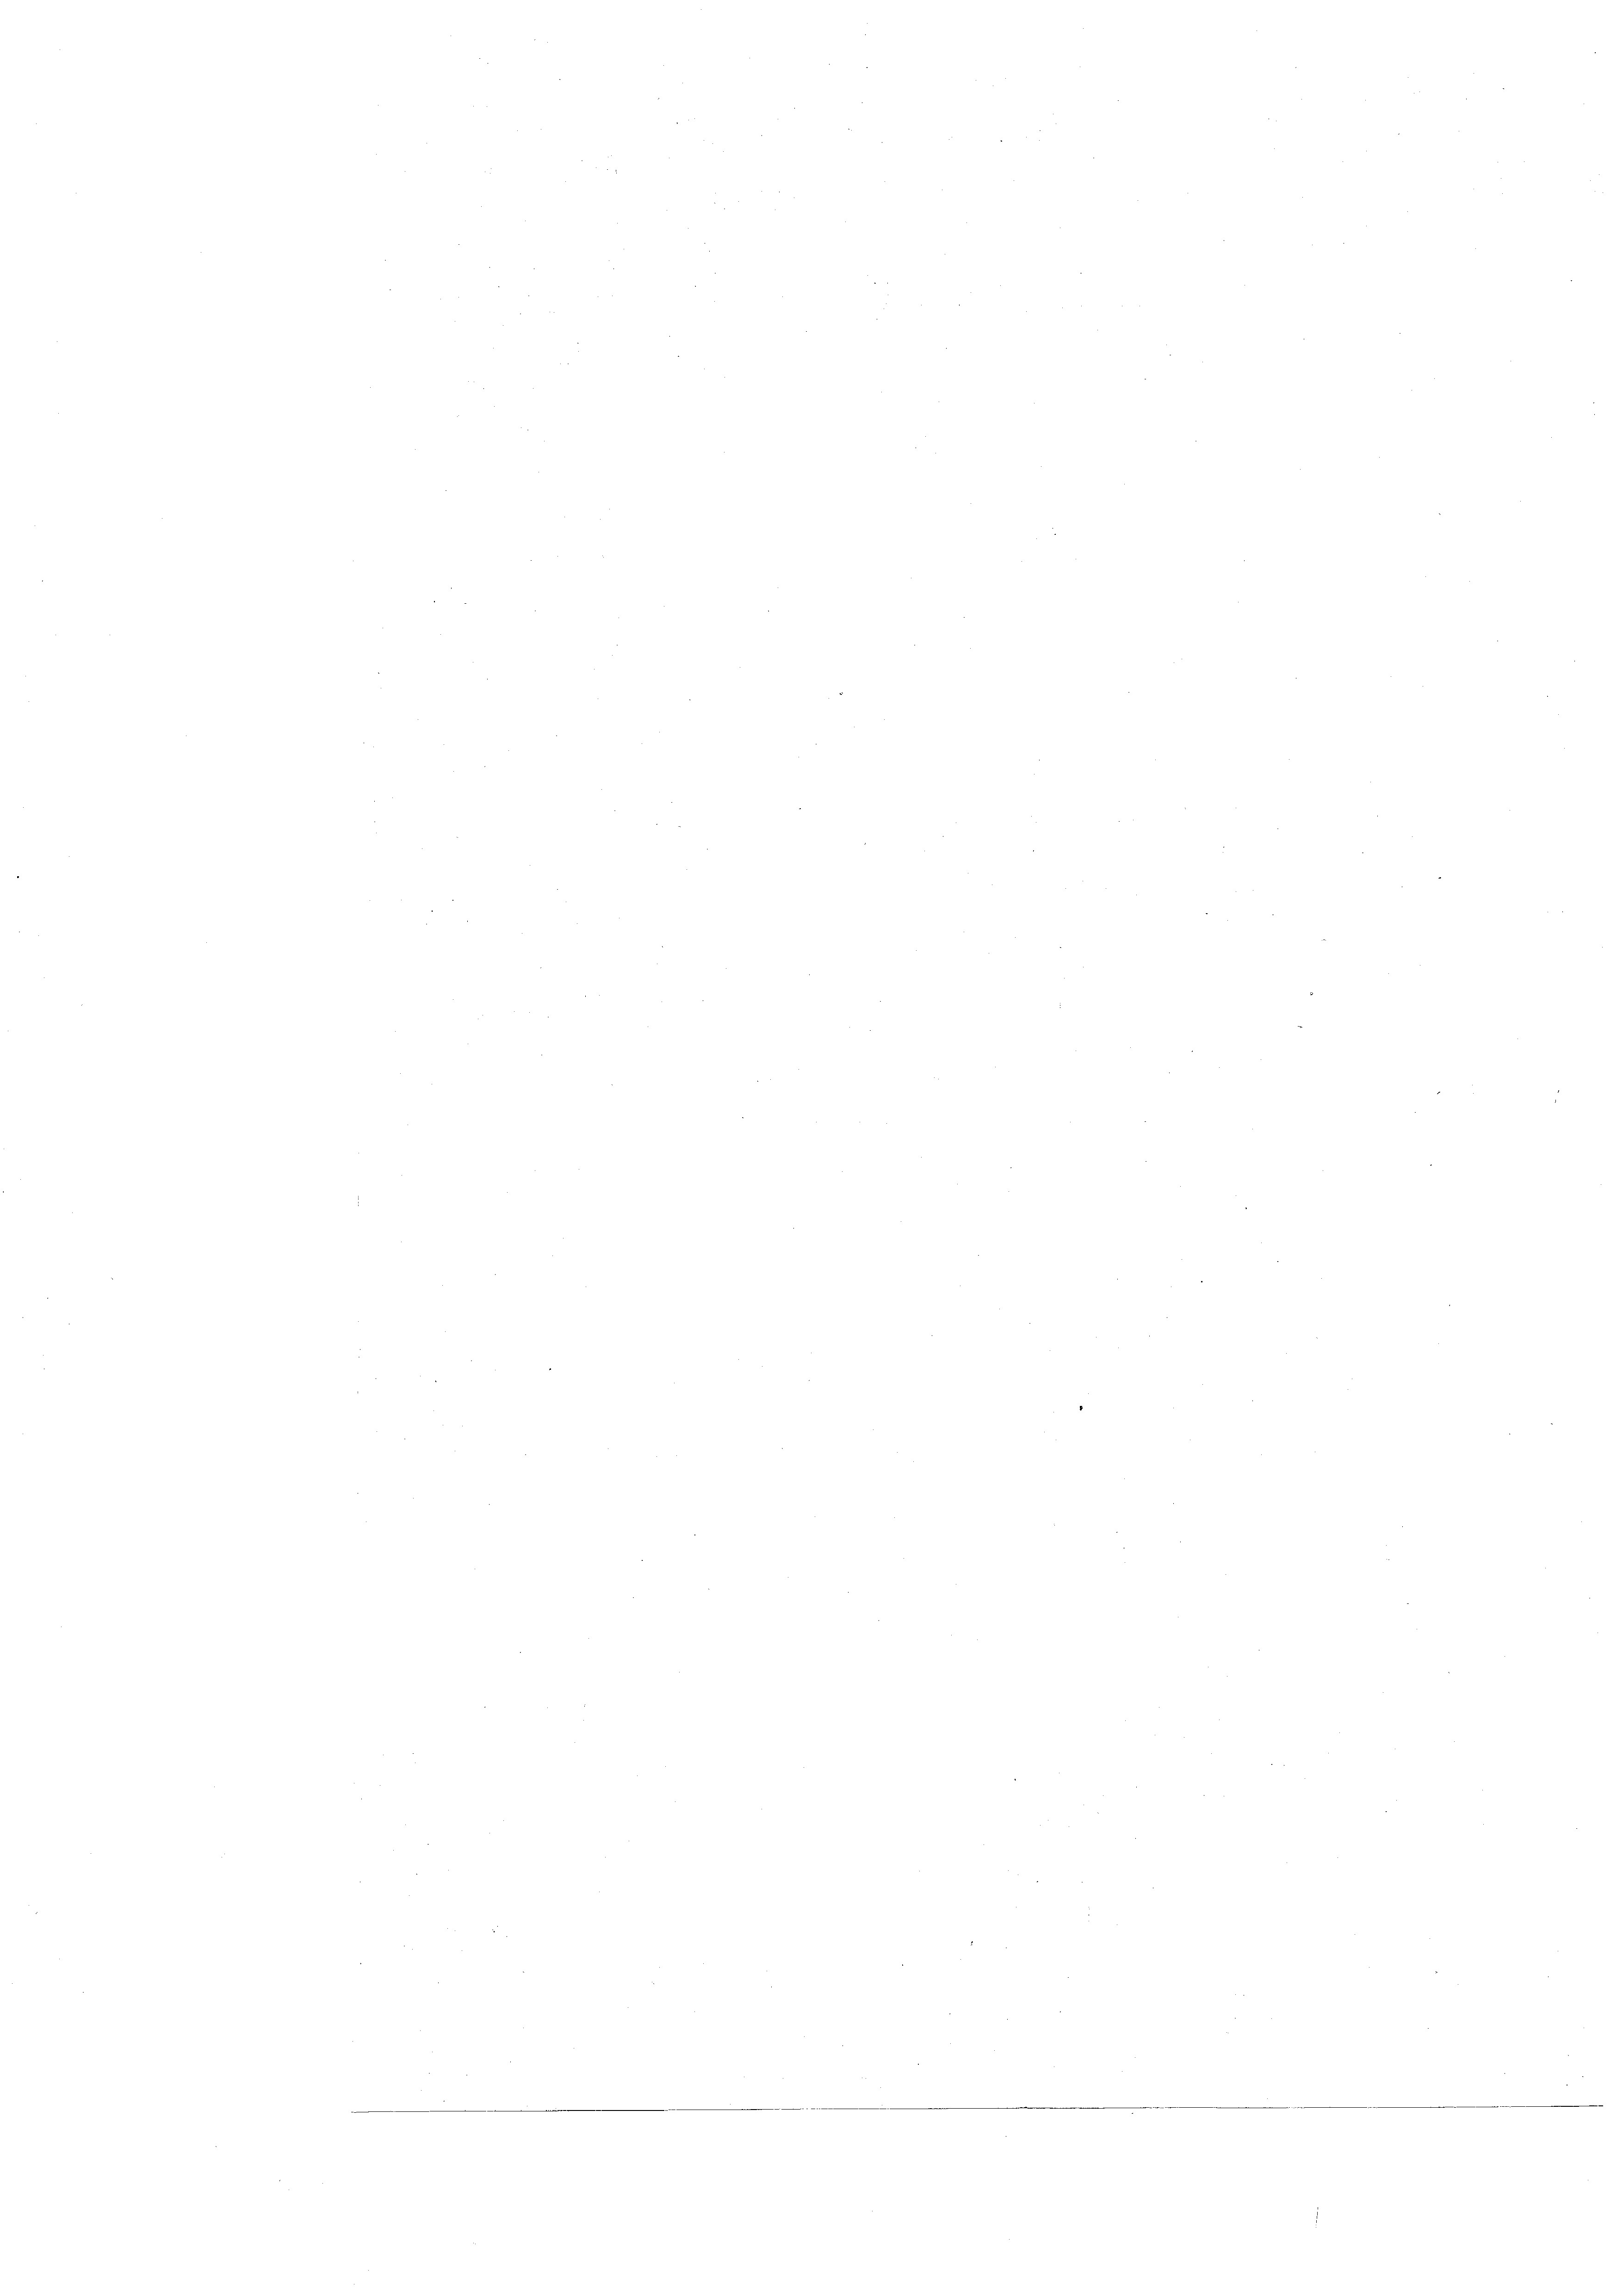
n
n
n
e
n

289
555
u
e
¬
¬
e
n
e
e
¬
¬
8
e
e
e
e
.
e
e
e
¬
2
e
e
e
e
e
¬
¬
n
.
e
e
.
¬
n
e
¬

.
2
.
n
e
e
¬
.
.
e
.
e
e
e
e
8
e
e
e
e
e
e
n
5
identen u. die A
e
s

e

e

e

¬

e